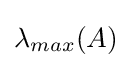
\textstyle \lambda _{max}(A)